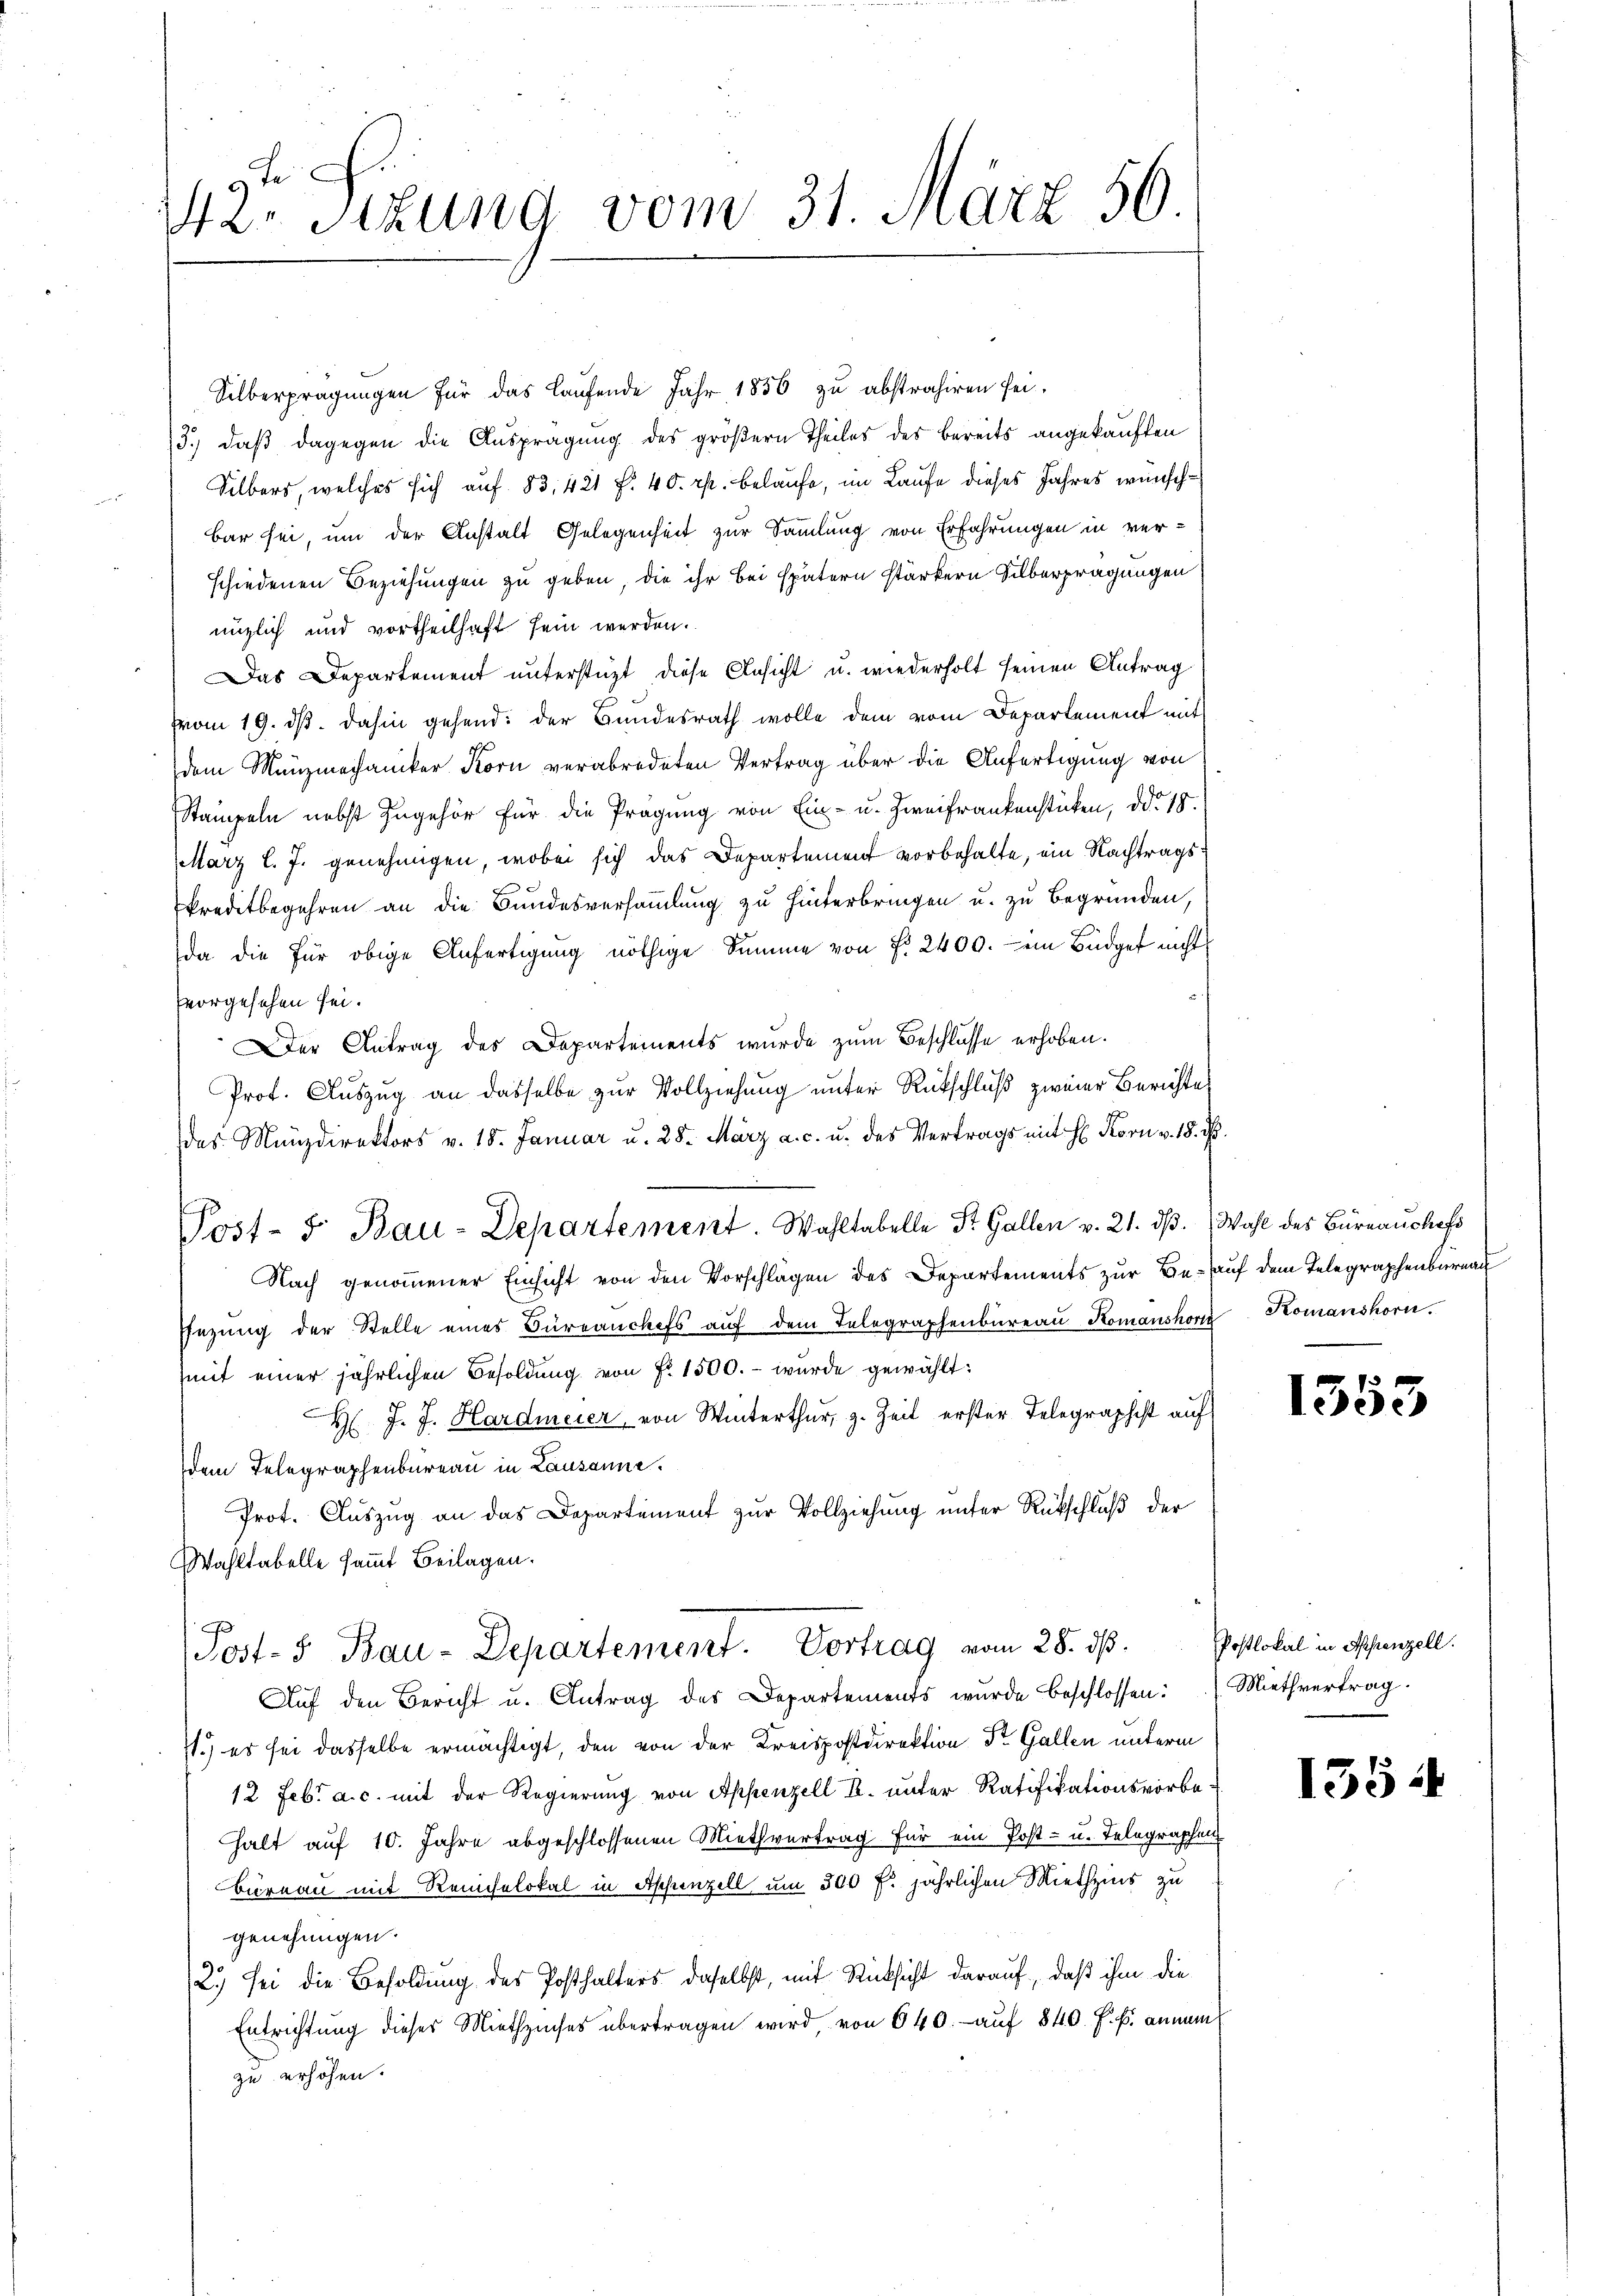
142. Sitzung vom 31. März 56.

Silberprägungen für das laufende Jahr 1856 zu abstrahiren sei.
3.) daß dagegen die Ausprägung des größern Theiles des bereits angekauften
Silbers, welches sich auf 83, 421 f. 40. r. belaufe, im Laufe dieses Jahres wünschbar sei, um der Anstalt Gelegenheit zur Sammlung von Erfahrungen in ver-
schiedenen Beziehungen zu geben, die ihr bei spätern stärkern Silberprägungen
nüzlich und vortheilhaft sein werden.
Das Departement unterstüzt diese Ansicht u. wiederholt seinen Antrag
von 19. dβ dahin gehend: der Bundesrath wolle dem vom Departement mit
dem Münzmechaniker Korn verabredeten Vertrag über die Anfertigung von
Stampeln nebst zugehör für die Prägung von Ein- u. Zweifrankenstücken, ddo 18.
März l. J. genehmigen, wobei sich das Departement vorbehalte, ein Nachtrags¬
Preditbegehren an die Bundesversammlung zu hinterbringen u. zu Begründen,
da die für obige Anfertigung nöthige Summe von §. 2400. ein Büdget nicht
vvorgesehen sei.
Der Antrag des Departements wurde zum Beschlosse erhoben.
Prot. Aŭszŭg an dasselbe zŭr Vollziehŭng ŭnter Rütschluß zweier Berichtes
das Münzdirektors v. 18. Januar u. 28. März a. c. u. des Vertrags mit H. Korn v. 18. d.
Post- 5. Bau-Departement. Wahltabelle St. Gallen v. 21. dβ. Wahl des Büreauchefs
Nach genommener Einsicht von den Vorschlägen des Departements zur Be- auf dem Telegraphenbernac
Enzŭng der Stelle eines Büreanchefs aŭf dem Telegraphenbüreaŭ Komanshors Komanshorn.
mit einer jährlichen Besoldung von Fr. 1500.- wurde gewählt:
H J. J. Hardmeier, von Winterthur, z. Zeit erster Telegraphist auf
dem Telegraphenbureau in Lausanne.
Prot. Auszug an das Departement zur Vollziehung unter Rückschluß der
Wahltabelle sammt Beilagen.
(Post- 5 Bau-Departement. Vortrag vom 28. ds.
Aŭf den Bericht u. Antrag des Departements wurde beschlossen: Miethvertrag.
71.) es sei dasselbe ermächtigt, den von der Kreispostdirektion St. Gallen unterm
12 Febr. a. c. mit der Regierung von Appenzell I. unter Ratifikationsvorbehalt auf 10. Jahre abgeschlossenen Miethvertrag für ein Post- u. Telegraphen
Bureau mit Reichelokal in Appenzell um 300 f. jährlichen Miethzins zu
genehmigen.
2.) Sei die Besoldung des Posthalters daselbst, mit Rücksicht darauf, daß ihm die
Entrichtung dieses Miethzinses übertragen wird, von 640.- aŭf 840. f. b. annam
zu erhöhen.

1553

Postlokal in Appenzell.

1354